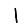
Digit: 1